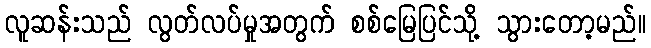
လူဆန်းသည် လွတ်လပ်မှုအတွက် စစ်မြေပြင်သို့ သွားတော့မည်။